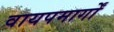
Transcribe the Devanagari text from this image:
वायपमार्गों